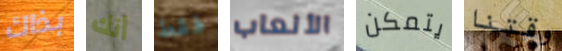
بذاك أنك فقط الألعاب يتمكن وقتنا